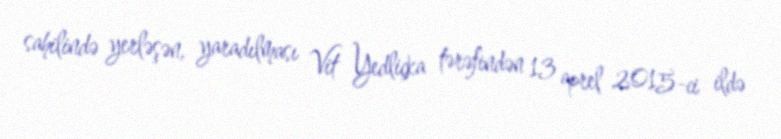
sahilində yerləşən, yaradılması Vit Yedliçka tərəfindən 13 aprel 2015-ci ildə